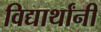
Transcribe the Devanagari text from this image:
विद्यार्थांनी